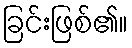
ခြင်းဖြစ်၏။